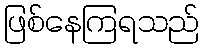
ဖြစ်နေကြရသည်